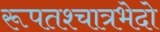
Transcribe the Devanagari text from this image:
रूपतश्चात्रभेदो